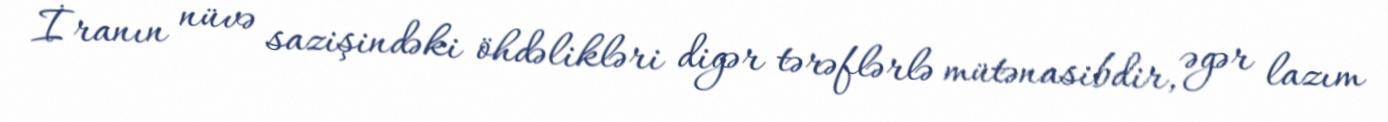
İranın nüvə sazişindəki öhdəlikləri digər tərəflərlə mütənasibdir, əgər lazım